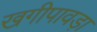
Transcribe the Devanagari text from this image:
खगीपावड़ा